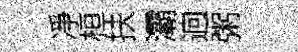
凈桓扶灞逈粥